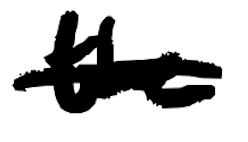
Text: the
Cross-out: mix
Writing tool: digital_black